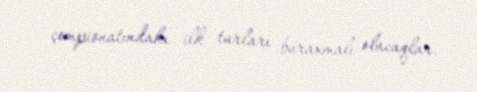
çempionatındakı ilk turları buraxmalı olacaqlar.